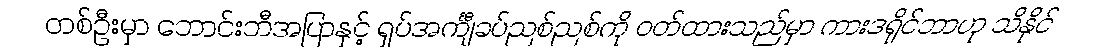
တစ်ဦးမှာ ဘောင်းဘီအပြာနှင့် ရှပ်အင်္ကျီခပ်ညစ်ညစ်ကို ဝတ်ထားသည်မှာ ကားဒရိုင်ဘာဟု သိနိုင်